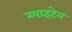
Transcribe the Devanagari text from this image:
स्पाइटेल